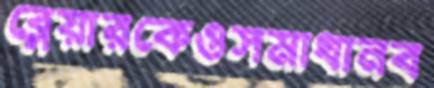
ব্লেয়ারকেওসমাধানব